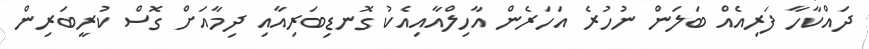
ދައްކާހާ ފަރިއެއް ބަލަން ނުހުރެ އަހަރެން އާހިލްއާއިއެކު ގޮނޑިބަރިއާއި ދިމާއަށް ގޮސް ކުރީބަރިން